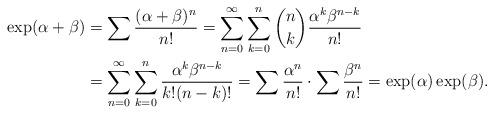
LaTeX: \begin{align*}\exp(\alpha+\beta)&=\sum\frac{(\alpha+\beta)^n}{n!}=\sum_{n=0}^\infty\sum_{k=0}^n\binom{n}{k}\frac{\alpha^k\beta^{n-k}}{n!}\\&=\sum_{n=0}^\infty\sum_{k=0}^n\frac{\alpha^k\beta^{n-k}}{k!(n-k)!}=\sum\frac{\alpha^n}{n!}\cdot\sum\frac{\beta^n}{n!}=\exp(\alpha)\exp(\beta).\end{align*}